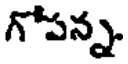
గోపన్న.